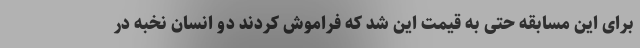
برای این مسابقه حتی به قیمت این شد که فراموش کردند دو انسان نخبه در